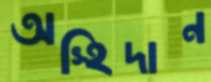
অস্হিদান